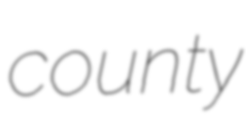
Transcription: county